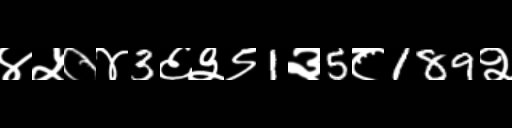
Text: ४५०४3६३९1३5८189२